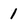
Character: 1